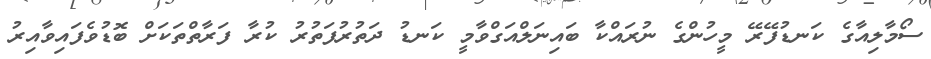
ސޯމާލިއާގެ ކަނޑުފޭރޭ މީހުންގެ ނުރައްކާ ބައިނަލްއަގްވާމީ ކަނޑު ދަތުރުފަތުރު ކުރާ ފަރާތްތަކަށް ބޮޑުވެފައިވާއިރު